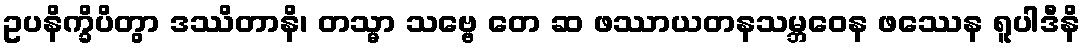
ဥပနိက္ခိပိတွာ ဒဿိတာနိ၊ တသ္မာ သဗ္ဗေ တေ ဆ ဖဿာယတနသမ္ဘဝေန ဖဿေန ရူပါဒီနိ